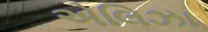
એલિઝા